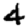
Digit: 4